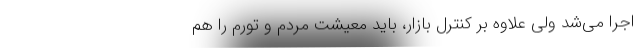
اجرا می‌شد ولی علاوه بر کنترل بازار، باید معیشت مردم و تورم را هم